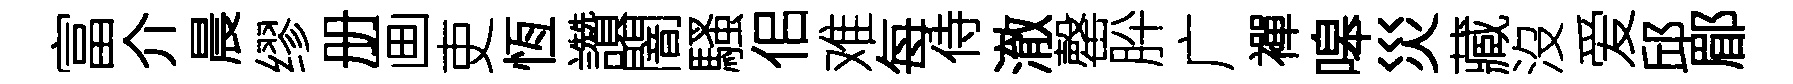
富介晨缪册画吏恆讚闇騷佀难每侍澈罄肸广襌嗥災藏沒爱邱郿